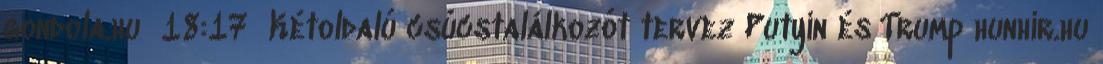
gondola.hu 18:17 Kétoldalú csúcstalálkozót tervez Putyin és Trump hunhir.hu